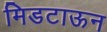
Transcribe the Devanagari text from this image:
मिडटाऊन